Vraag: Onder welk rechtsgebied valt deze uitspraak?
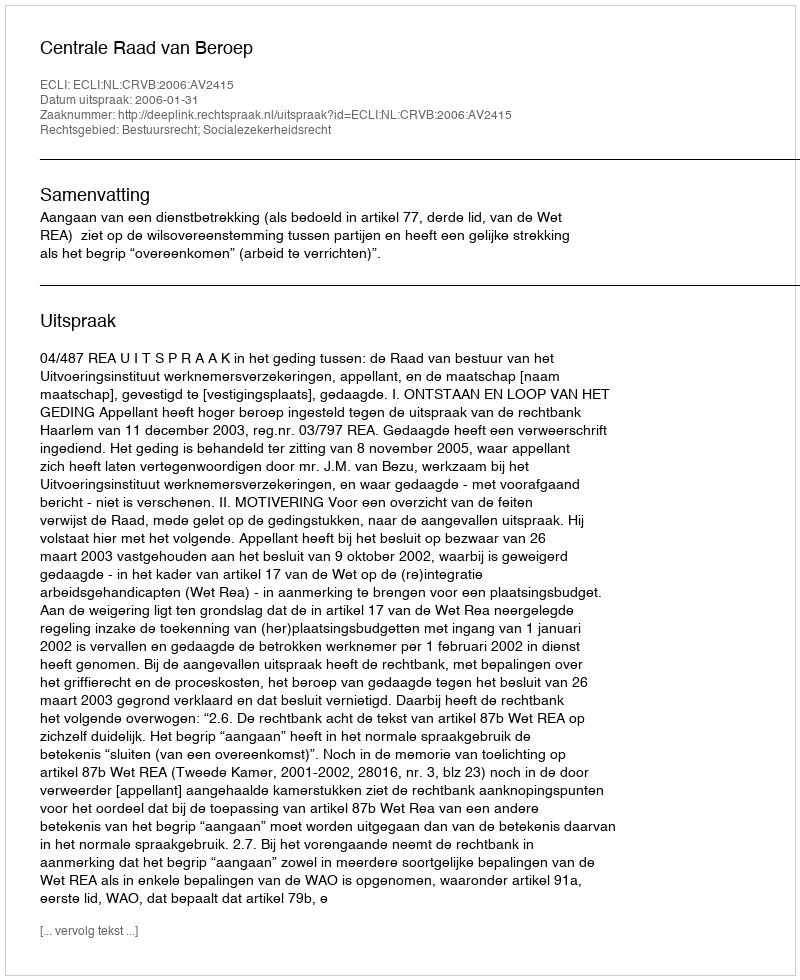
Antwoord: Bestuursrecht; Socialezekerheidsrecht